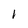
Character: 1